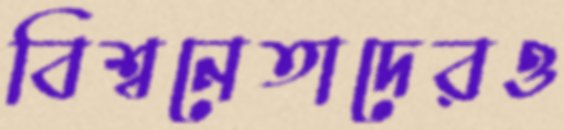
বিশ্বনেতাদেরও